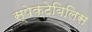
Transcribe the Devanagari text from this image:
स्पेक्टेबिलिस